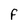
Character: f